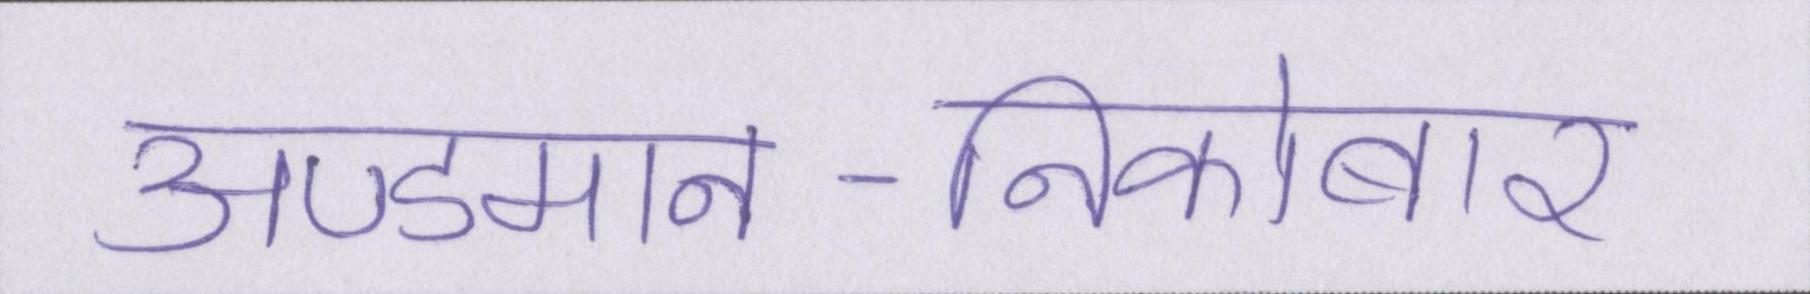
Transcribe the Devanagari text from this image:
अण्डमान-निकोबार